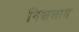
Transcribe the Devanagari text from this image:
निश्चलाय